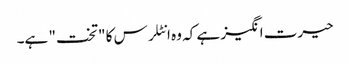
حیرت انگیز ہے کہ وہ انٹلرس کا "تخت" ہے۔